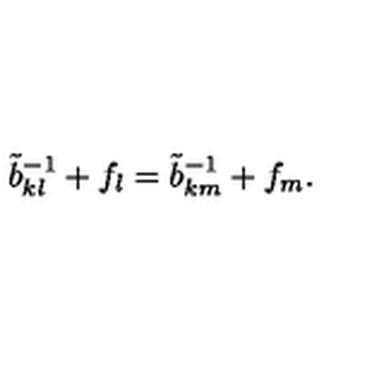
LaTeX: \tilde { b } _ { k l } ^ { - 1 } + f _ { l } = \tilde { b } _ { k m } ^ { - 1 } + f _ { m } .